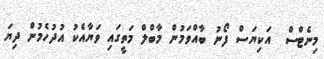
މިނެޓްސް  އަކިޔަސް ފޯނު ބާއްވަމުން މާބްލް މަތީގައި ވަޔާއެކު އުދުހެމުން ދިޔަ